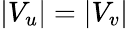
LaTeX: |V_{u}|=|V_{v}|